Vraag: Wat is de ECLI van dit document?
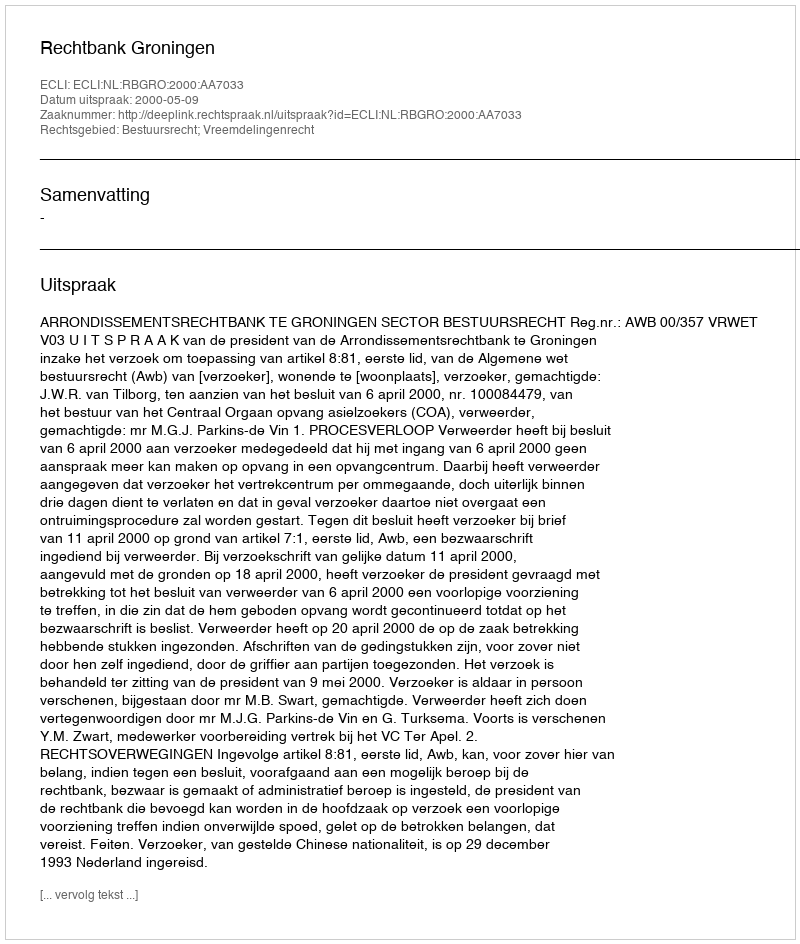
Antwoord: ECLI:NL:RBGRO:2000:AA7033